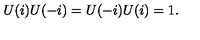
U ( i ) U ( - i ) = U ( - i ) U ( i ) = 1 .